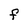
Character: F